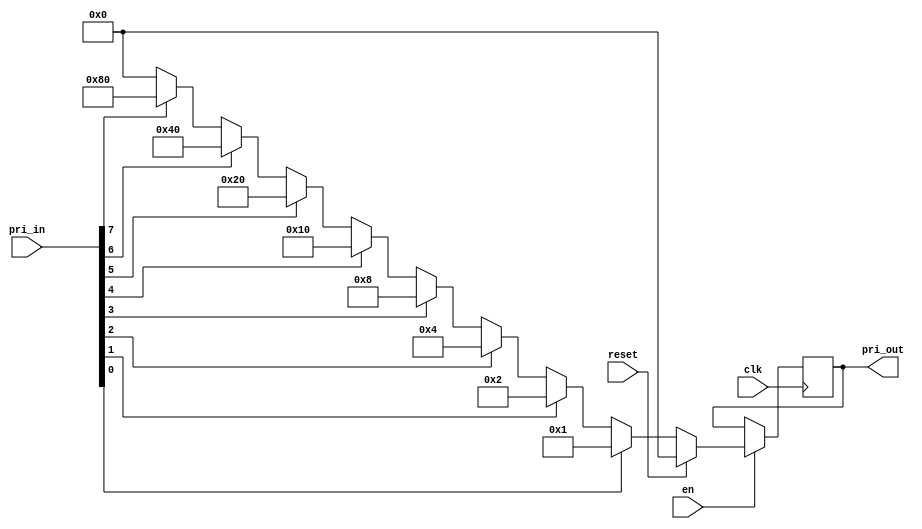
`timescale 1ns / 1ps

module PriorityGen (input [7:0] pri_in,
                    input clk,
                    input en,
                    input reset,
                    output reg [7:0] pri_out); 
                    
reg [7:0] pri;
                             
always@(posedge clk) begin
    if (en) begin
        if (reset) begin
            pri_out <= 0;
        end
        else begin
            pri_out <= pri;
        end
    end
    else begin
        pri_out <= pri_out;
    end
end

always@(*) begin
    if (pri_in[0] == 1'b1) begin
        pri <= 8'b00000001;
    end
    else if (pri_in[1] == 1'b1) begin
        pri <= 8'b00000010;
    end
    else if (pri_in[2] == 1'b1) begin
        pri <= 8'b00000100;
    end
    else if (pri_in[3] == 1'b1) begin
        pri <= 8'b00001000;
    end
    else if (pri_in[4] == 1'b1) begin
        pri <= 8'b00010000;
    end
    else if (pri_in[5] == 1'b1) begin
        pri <= 8'b00100000;
    end
    else if (pri_in[6] == 1'b1) begin
        pri <= 8'b01000000;
    end
    else if (pri_in[7] == 1'b1) begin
        pri <= 8'b10000000;
    end
    else begin
        pri <= 8'b00000000;
    end
end
   
endmodule